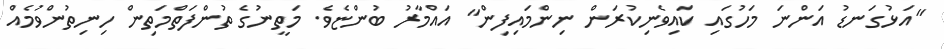
"އަޅުގަނޑު އަންނަ މަހުގައި ކައިވެނިކުރަން ނިންމައިފިން" އައްމާރު ބުންޏެވެ. މަތީނުގެ ތުންފަތްމަތިން ހިނިތުންވުމެއް